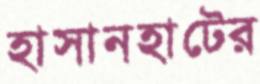
হাসানহাটের